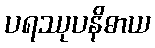
ပရဿုပနိဓာယ